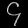
Digit: ၄